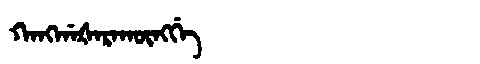
Manchu: ᡴᠠᠩᡤᠠᡧᠠᡵᠠᡴᡡᠩᡤᡝ
Romanization: KANGGAŠARAKŪNGGE